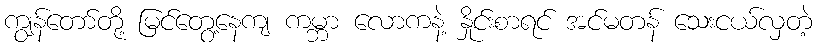
ကျွန်တော်တို့ မြင်တွေ့နေကျ ကမ္ဘာ လောကနဲ့ နှိုင်းစာရင် အင်မတန် သေးငယ်လှတဲ့